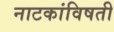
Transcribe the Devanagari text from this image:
नाटकांविषती